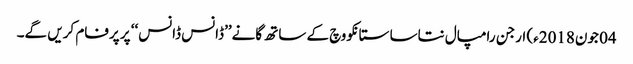
04 جون2018ء) ارجن رامپال نتاسا ستانکووچ کے ساتھ گانے’’ڈانس ڈانس‘‘ پر پرفام کریں گے۔